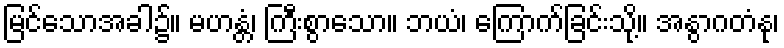
မြင်သောအခါ၌။ မဟန္တံ၊ ကြီးစွာသော။ ဘယံ၊ ကြောက်ခြင်းသို့။ အနွာဂတံနု၊